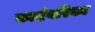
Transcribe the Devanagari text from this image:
कादंबरिका